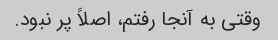
وقتی به آنجا رفتم، اصلاً پر نبود.